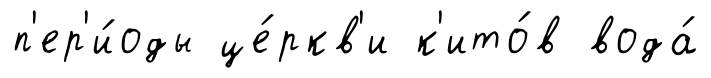
п'ер'и́оды це́ркв'и к'ито́в вода́